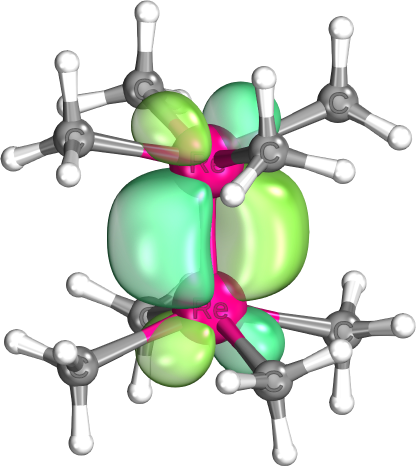
iboview, orbital